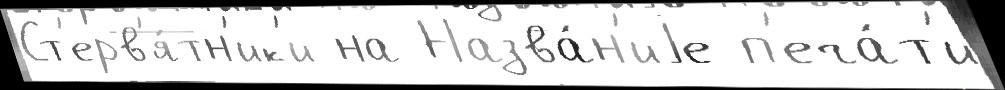
Ст'ерв'я́тн'ик'и на Назва́н'иjе п'еча́т'и